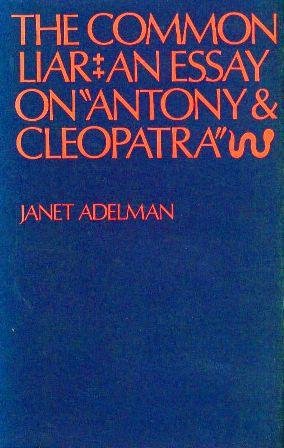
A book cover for Common Liar: Essay on "Antony and Cleopatra" (Study in English); Janet Adelman; Literature & Fiction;